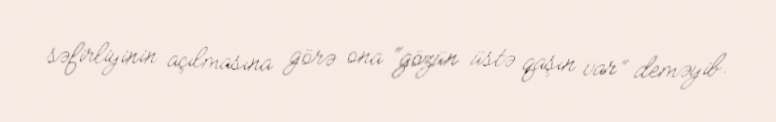
səfirliyinin açılmasına görə ona “gözün üstə qaşın var” deməyib.